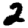
Digit: 2